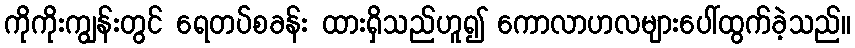
ကိုကိုးကျွန်းတွင် ရေတပ်စခန်း ထားရှိသည်ဟူ၍ ကောလာဟလများပေါ်ထွက်ခဲ့သည်။